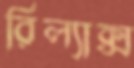
রিল্যাক্স